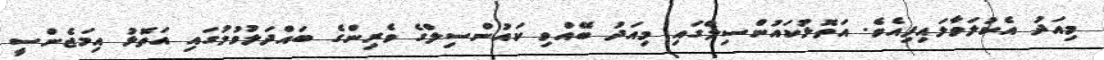
މިއަދު އެކުލަވާލައިފިއެވެ. އަތޮޅުކަައުންސިލްގައި މިއަދު ބޭއްވި ކައުންސިލްގެ ވެރިންގެ ބައްދަލުވުމުގައި އަތޮޅު އިމަޖެންސީ